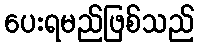
ပေးရမည်ဖြစ်သည်